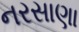
નરસાણા